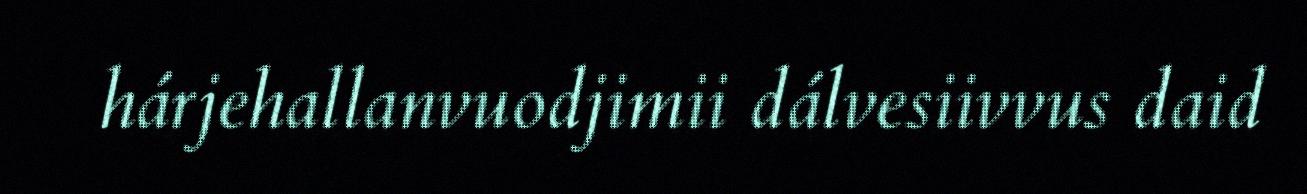
hárjehallanvuodjimii dálvesiivvus daid